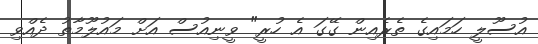
އުސޫލީ ހަމައިގެ ތެރެއިން ގޭގަ އެ ހުރީ" ވީނިއުސް އަށް މައުލޫމާތު ދެއްވި